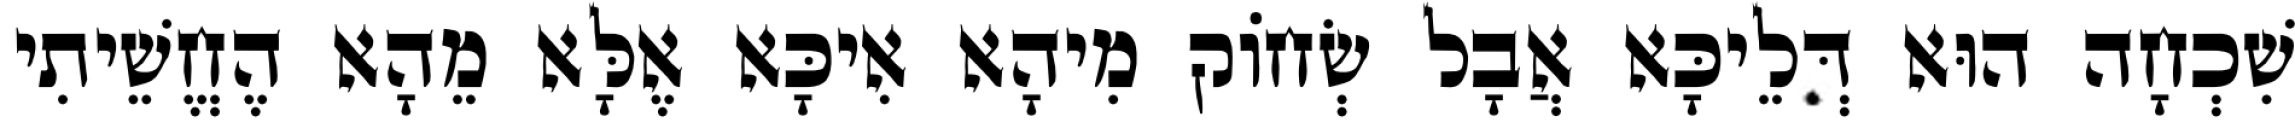
שִׁכְחָה הוּא דְּלֵיכָּא אֲבָל שְׂחוֹק מִיהָא אִיכָּא אֶלָּא מֵהָא הֶחֱשֵׁיתִי